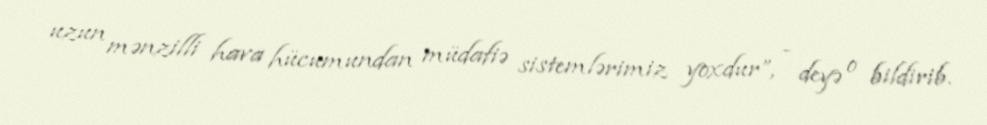
uzun mənzilli hava hücumundan müdafiə sistemlərimiz yoxdur”, - deyə o bildirib.